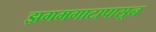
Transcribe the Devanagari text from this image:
झगमगाटापासून